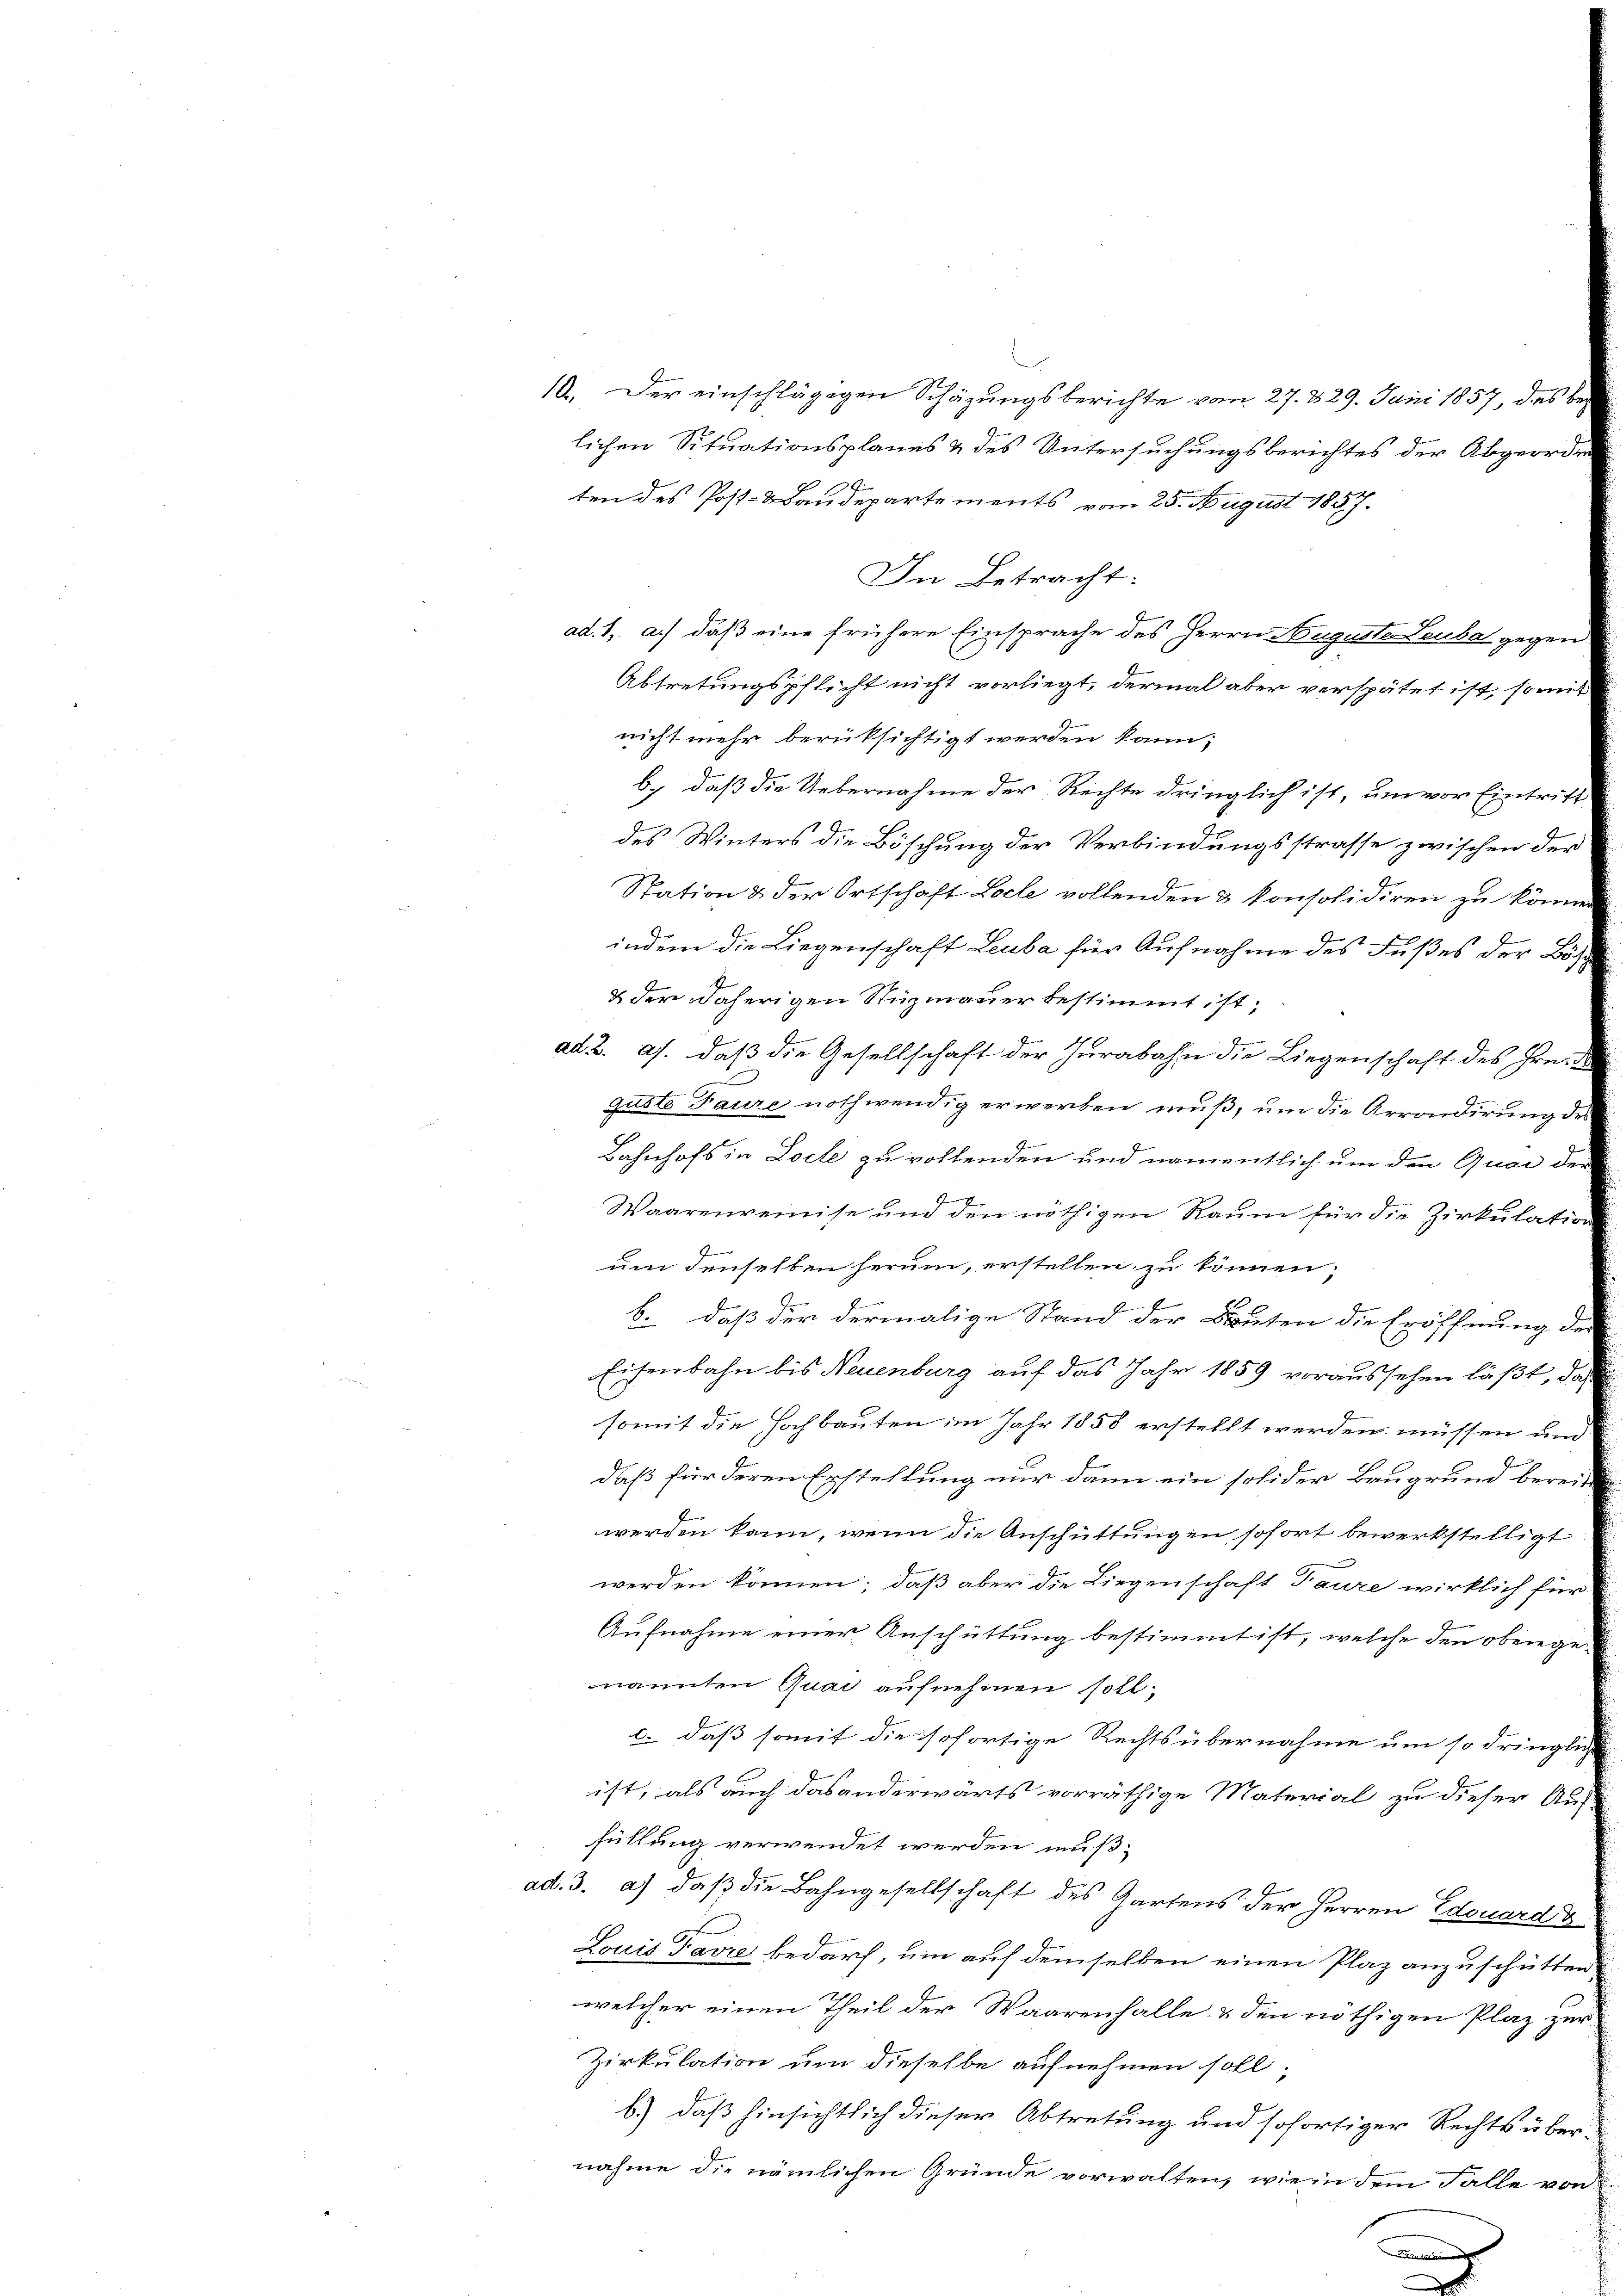
A.

10. Der einschlägigen Schäzungsberichte vom 27. 229. Juni 1857, des be

lichen Situationsplanes & des Untersuchungsberichtes der Abgeorde
7
ten des Post-Baudepartements vom 25. August 1857.
nicht mehr berüksichtigt werden kann;
b.) daß die Uebernahme der Rechte dringlich ist, um vor Eintritt
des Winters die Böschung der Verbindungsstrasse zwischen der
Station & der Ortschaft Loche vollenden & konsolidiren zu können
indem die Liegenschaft Leuba für Aufnahme des Fußes der Bös
& der daherigen Stüzmauer bestimmt ist;
ad 2. ds. daß die Gesellschaft der Hurabahn die Liegenschaft des Frei
gusto Paure nothwendig erwerben muß, um die Arrondirung des
Bahnhofs in Loche zu vollenden und namentlich um den Quai der
S
Waarenreinise und den nöthigen Raum für die Zirkulation
um denselben herum, erstellen zu können,
b. daß der dermalige Stand der Bieten die Eröffnung der
Eisenbahn bis Neuenburg auf das Jahr 1859 voraussehen läßt, das
somit die Hochbauten im Jahr 1858 erstellt werden müssen und
daß für deren Erstellung nur dann ein solider Baugrund bereit
werden kann, wenn die Anschüttungen sofort bewerkstelligt
werden können; daß aber die Liegenschaft Taure wirklich für
Aufnahme einer Anschüttung bestimmt ist, welche den obenge-
nannten Quai aufnehmen soll;
c. daß somit die sofortige Rechtsübernahme um so dringliche
Fr
ist, als auch das anderwärts vorräthige Material zu dieser Auf-
füllung verwendet werden muß;
v. 3. a) daß die Bahngesellschaft des Gartens der Herren Edouard
Louis Favre bedarf, um auf demselben einen Plaz anzuschütten,
welcher einen Theil der Waarenhalle & den nöthigen Plaz zur
Zirkulation um dieselbe aufnehmen soll,
b.) daß hinsichtlich dieser Abtretung und sofortiger Rechts über-
nahme die nämlichen Gründe vorwalten, wie in dem Falle von

In Betracht:
ad. 1, a.) daß eine frühere Einsprache des Herrn Auguste Leubal gegen
Abtretungspflicht nicht vorliegt, dermal aber verspätet ist, somit

.